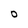
Character: O